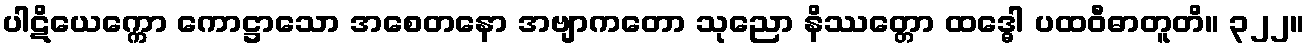
ပါဋိယေက္ကော ကောဋ္ဌာသော အစေတနော အဗျာကတော သုညော နိဿတ္တော ထဒ္ဓေါ ပထဝီဓာတူတိ။ ၃၂၂။